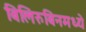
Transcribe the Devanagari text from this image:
बिलिरुबिनमध्ये